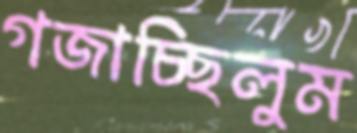
গজাচ্ছিলুম